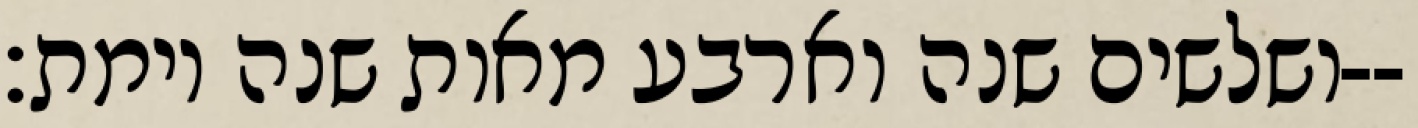
ושלשים שנה וארבע מאות שנה וימת׃--